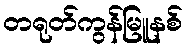
တရုတ်ကွန်မြူနစ်